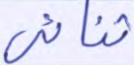
ثنائي